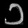
Digit: ၁